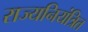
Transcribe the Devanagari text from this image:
राज्यनियंत्रित